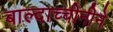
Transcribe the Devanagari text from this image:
बाल्दाच्चीनीने